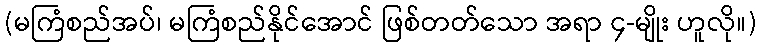
(မကြံစည်အပ်၊ မကြံစည်နိုင်အောင် ဖြစ်တတ်သော အရာ ၄-မျိုး ဟူလို။)